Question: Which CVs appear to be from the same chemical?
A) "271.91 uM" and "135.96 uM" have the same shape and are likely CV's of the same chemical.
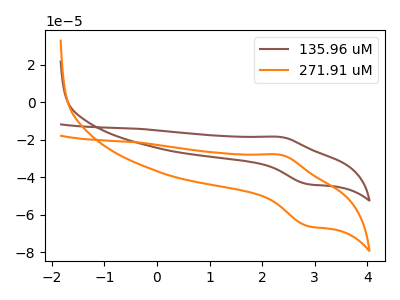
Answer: <think>The brown curve "135.96 uM" has an anodic peak at (2.35V, -18.55uA) and a cathodic peak at (2.85V, -43.65uA). The orange curve "271.91 uM" has an anodic peak at (2.35V, -28.05uA) and a cathodic peak at (2.85V, -65.95uA).
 All the peaks in "135.96 uM" have a peak in "271.91 uM" at the same potential.</think>
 <answer>A) "271.91 uM" and "135.96 uM" have the same shape and are likely CV's of the same chemical.</answer>
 <eval>A</eval>